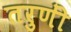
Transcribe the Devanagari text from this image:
तरुणीं